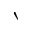
\backprime